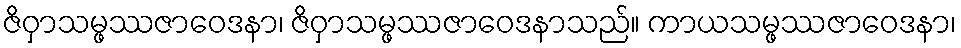
ဇိဝှာသမ္ဖဿဇာဝေဒနာ၊ ဇိဝှာသမ္ဖဿဇာဝေဒနာသည်။ ကာယသမ္ဖဿဇာဝေဒနာ၊